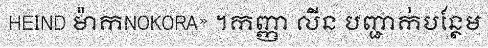
HEIND ម៉ាកNOKORA» ។កញ្ញា លីន បញ្ជាក់បន្ថែម